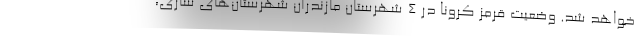
خواهد شد. وضعیت قرمز کرونا در ۴ شهرستان مازندران شهرستان‌های ساری،